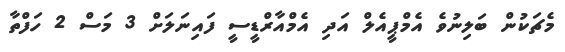
މެޗަކުން ބަލިނުވެ އެމްޕީއެލް އަދި އެމްއާރްޑީސީ ފައިނަލަށް 3 މަސް 2 ހަފްތާ